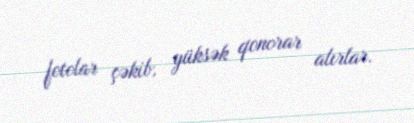
fotolar çəkib, yüksək qonorar alırlar.